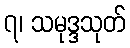
၇၊ သမုဒ္ဒသုတ်